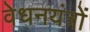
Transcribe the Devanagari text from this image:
वेधनयंत्रों